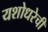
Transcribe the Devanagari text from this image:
यशोधरेची